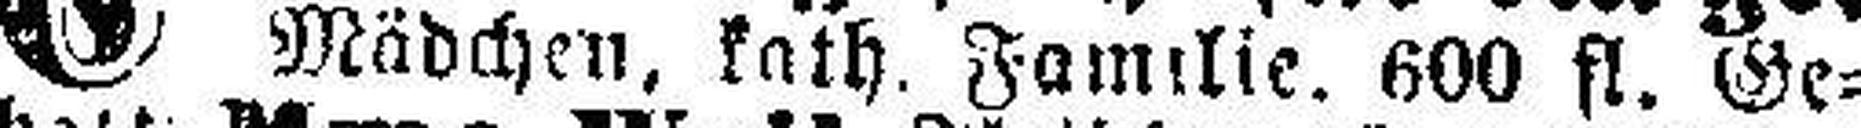
Mädchen, kath. Familie. 600 fl. Ge¬